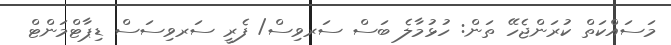
މަސައްކަތް ކުރަންޖެހޭ ތަން: ހުޅުމާލެ ބަސް ސަރވިސް/ ފެރީ ސަރވިސަސް ޑިޕާޓްމަންޓް